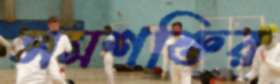
সমশক্তির